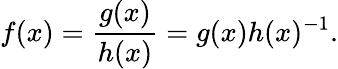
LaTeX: f(x)={\frac{g(x)}{h(x)}}=g(x)h(x)^{-1}.